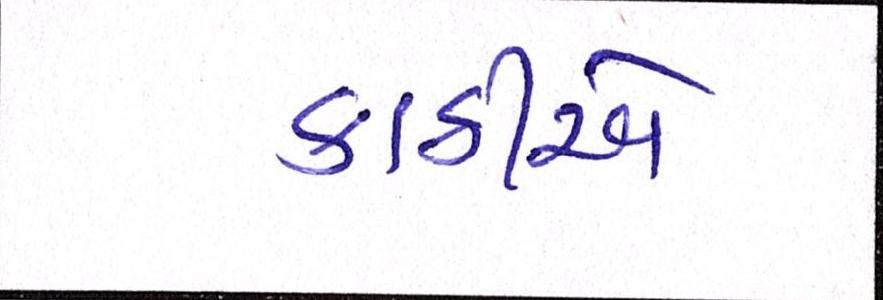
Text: કાઠીએ